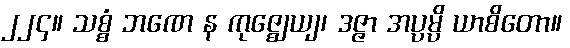
၂၂၄။ သစ္စံ ဘဏေ န ကုဇ္ဈေယျ၊ ဒဇ္ဇာ အပ္ပမ္ပိ ယာစိတော။